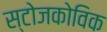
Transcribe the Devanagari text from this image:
स्टोजकोविक